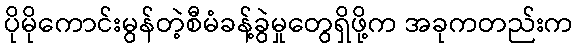
ပိုမိုကောင်းမွန်တဲ့စီမံခန့်ခွဲမှုတွေရှိဖို့က အခုကတည်းက